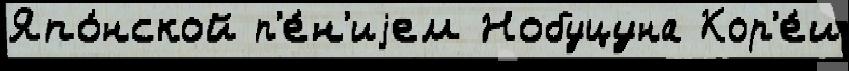
Япо́нской п'е́н'иjем Нобуцуна Кор'е́и